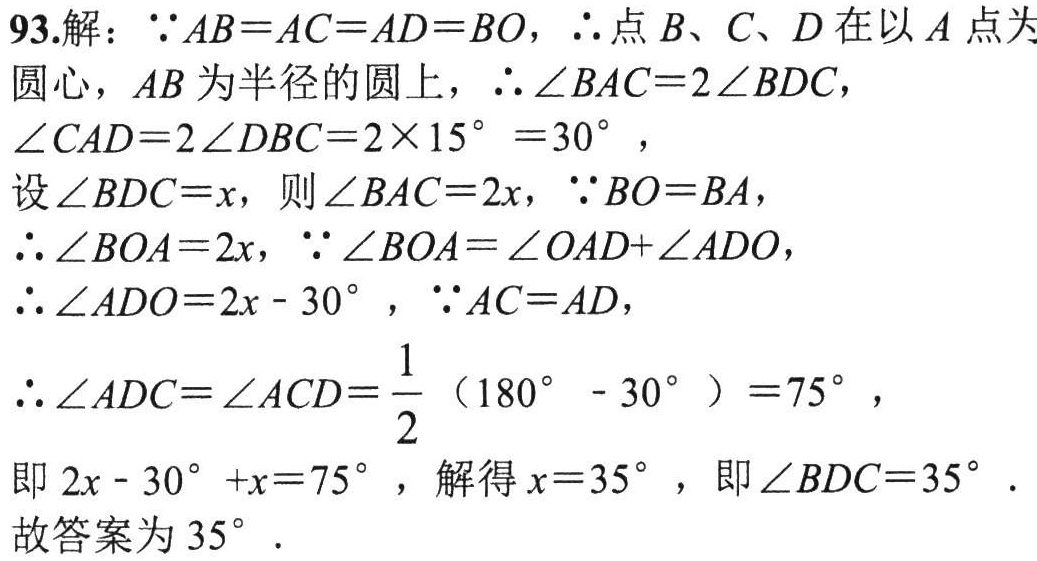
93.解：\(\because AB = AC = AD = BO\)，\(\therefore\)点 \(B、C、D\) 在以 \(A\) 点为圆心，\(AB\) 为半径的圆上，\(\therefore\angle BAC = 2\angle BDC\)，\(\angle CAD = 2\angle DBC=2\times15^{\circ}=30^{\circ}\)，设\(\angle BDC = x\)，则\(\angle BAC = 2x\)，\(\because BO = BA\)，\(\therefore\angle BOA = 2x\)，\(\because\angle BOA=\angle OAD+\angle ADO\)，\(\therefore\angle ADO = 2x - 30^{\circ}\)，\(\because AC = AD\)，\(\therefore\angle ADC=\angle ACD=\dfrac{1}{2}(180^{\circ}-30^{\circ}) = 75^{\circ}\)，即\(2x - 30^{\circ}+x = 75^{\circ}\)，解得\(x = 35^{\circ}\)，即\(\angle BDC = 35^{\circ}\). 故答案为 \(35^{\circ}\).